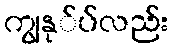
ကျွနု်ပ်လည်း